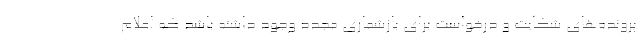
پرونده‌های شکایت و درخواست برای بازشماری مجدد وجود داشته باشد که اعلام